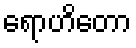
ရောဟိတော